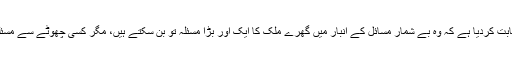
عمران خان نے بہت تیزی سے بآلاخر یہ ثابت کردیا ہے کہ وہ بے شمار مسائل کے انبار میں گھرے ملک کا ایک اور بڑا مسئلہ تو بن سکتے ہیں، مگر کسی چھوٹے سے مسئلے کا حل بننے کی صلاحیت نہیں رکھتے۔